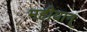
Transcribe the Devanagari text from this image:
महीयान्‌